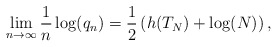
\begin{align*}\lim_{n\to\infty}\frac{1}{n}\log(q_n)= \frac{1}{2}\left(h(T_N)+\log(N)\right),\end{align*}